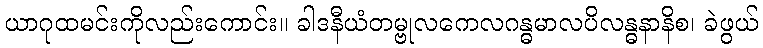
ယာဂုထမင်းကိုလည်းကောင်း။ ခါဒနီယံတမ္ဗုလကေလဂန္ဓမာလပိလန္ဓနာနိစ၊ ခဲဖွယ်